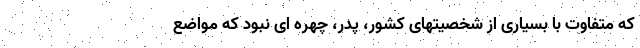
که متفاوت با بسیاری از شخصیتهای کشور، پدر، چهره ای نبود که مواضع